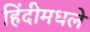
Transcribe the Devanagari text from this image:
हिंदीमधले